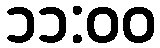
၁၁:၀၀